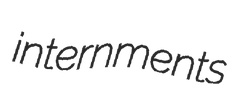
internments